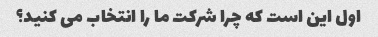
اول این است که چرا شرکت ما را انتخاب می کنید؟